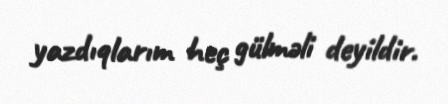
yazdıqlarım heç gülməli deyildir.